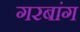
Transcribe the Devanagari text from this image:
गरबांग